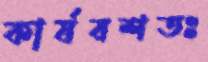
কার্যবশতঃ